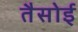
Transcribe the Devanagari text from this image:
तैसोई